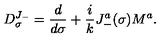
D _ { \sigma } ^ { J _ { - } } = \frac { d } { d \sigma } + \frac { i } { k } J _ { - } ^ { a } ( \sigma ) M ^ { a } .